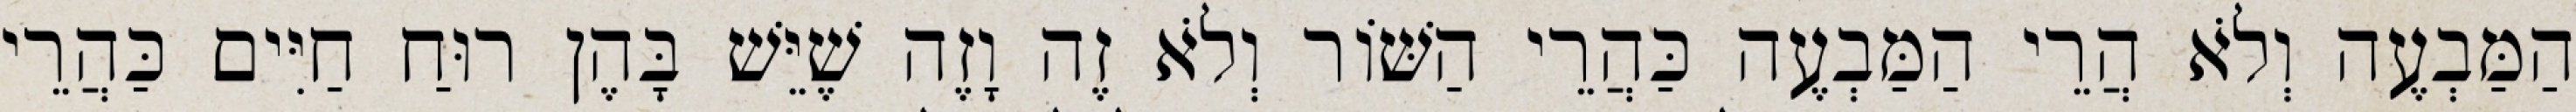
הַמַּבְעֶה וְלֹא הֲרֵי הַמַּבְעֶה כַּהֲרֵי הַשּׁוֹר וְלֹא זֶה וָזֶה שֶׁיֵּשׁ בָּהֶן רוּחַ חַיִּים כַּהֲרֵי